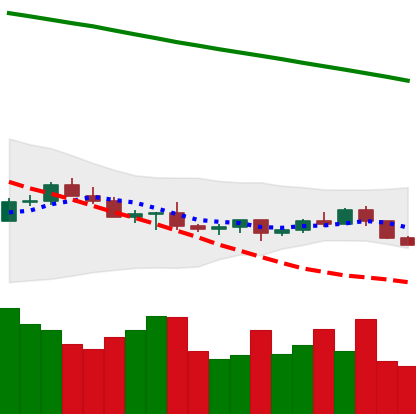
Ticker: LTC-USD
Chart end date: 2022-07-12
Forward return: 17.204%
Label: up_7plus